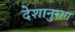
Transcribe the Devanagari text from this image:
देशानुराग